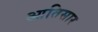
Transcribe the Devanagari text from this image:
आतिसार